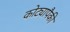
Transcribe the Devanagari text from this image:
कोट्यापैकी